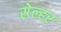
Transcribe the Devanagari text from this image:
सेल्हर